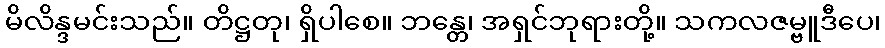
မိလိန္ဒမင်းသည်။ တိဋ္ဌတု၊ ရှိပါစေ။ ဘန္တေ၊ အရှင်ဘုရားတို့။ သကလဇမ္ဗူဒီပေ၊